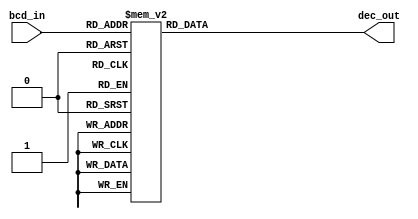
module BCD_decoder(
    input [3:0] bcd_in,
    output reg [3:0] dec_out
);

always @(*) begin
    case(bcd_in)
        4'b0000: dec_out = 4'b0001; // 0
        4'b0001: dec_out = 4'b0010; // 1
        4'b0010: dec_out = 4'b0011; // 2
        4'b0011: dec_out = 4'b0100; // 3
        4'b0100: dec_out = 4'b0101; // 4
        4'b0101: dec_out = 4'b0110; // 5
        4'b0110: dec_out = 4'b0111; // 6
        4'b0111: dec_out = 4'b1000; // 7
        4'b1000: dec_out = 4'b1001; // 8
        4'b1001: dec_out = 4'b1010; // 9
        default: dec_out = 4'bxxxx; // Invalid input
    endcase
end

endmodule